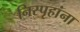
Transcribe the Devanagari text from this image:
निस्पृहांना